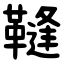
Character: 䩼